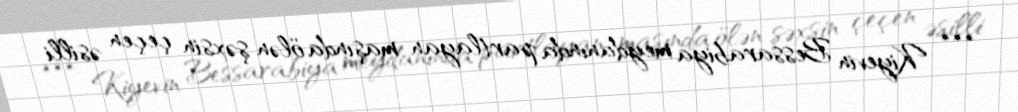
*** Kiyevin Bessarabiya meydanında partlayan maşında ölən şəxsin çeçen əsilli